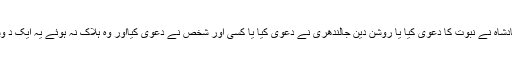
اب اس کے مقابل یہ پیش کرنا کہ اکبر بادشاہ نے نبوت کا دعویٰ کیا یا روشن دین جالندھری نے دعویٰ کیا یا کسی اور شخص نے دعویٰ کیااور وہ ہلاک نہ ہوئے یہ ایک د وسری حماقت ہے جو ظاہر کی جاتی ہے۔